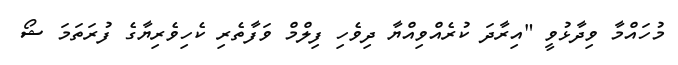
މުހައްމާ ވިދާޅުވީ "އިރާދަ ކުރެއްވިއްޔާ ދިވެހި ފިލްމް ވަފާތެރި ކެހިވެރިޔާގެ ފުރަތަމަ ޝޯ